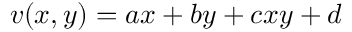
v ( x , y ) = a x + b y + c x y + d